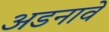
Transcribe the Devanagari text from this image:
अडनावे